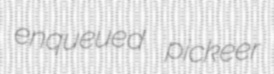
enqueued pickeer